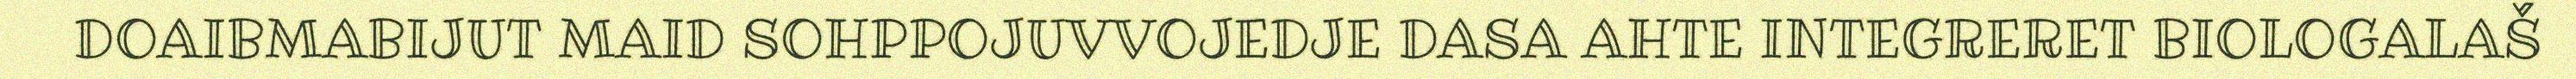
DOAIBMABIJUT MAID SOHPPOJUVVOJEDJE DASA AHTE INTEGRERET BIOLOGALAŠ